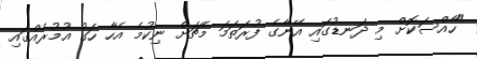
"ހާއްސަކޮށް މި ދަނޑުގައި އޭނާގެ ފުރަތަމަ މެޗަށް ނިކުމެ އެހާ ހަގު އުމުރެއްގައި